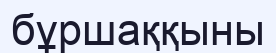
бұршаққыны